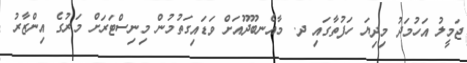
ޖަމީލު އަހުމަދު މިދިޔަ ހަފުތާގައި ދ. މާއެނބޫދޫއަށް ވަޑައިގަތުމުން މިނިސްޓަރަށް މަރުގެ އިންޒާރު